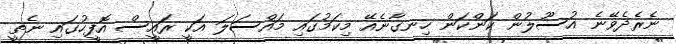
ނެރެދެވޭނެ އުސޫލުން ކަންކަން ހިނގާނެއޭ މިކަމުގައި މައްސަލަ އަކީ ރައީސް އޮފީހުގައި ނެތީ